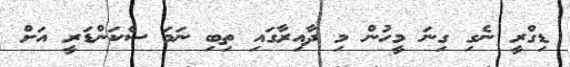
ޑިގްރީ ނެގި ގިނަ މީހުން މި ދާއިރާގައި ތިބި ނަމަ ސެކަންޑަރީ އަށް